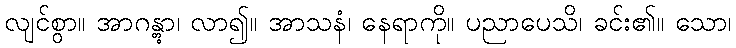
လျင်စွာ။ အာဂန္တွာ၊ လာ၍။ အာသနံ၊ နေရာကို။ ပညာပေသိ၊ ခင်း၏။ သော၊